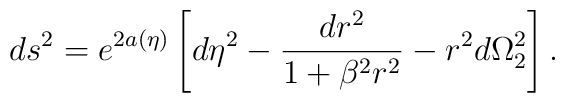
ds^2=  e^{2 a(\eta)}\left[ d\eta^2 - \frac{dr^2}{1+\beta^2 r^2} -r^2 d\Omega_{2}^{2}\right].